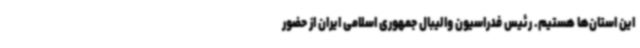
این استان‌ها هستیم. رئیس فدراسیون والیبال جمهوری اسلامی ایران از حضور